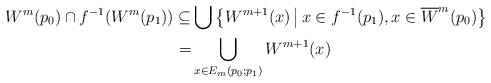
\begin{align*}W^m(p_0) \cap f^{-1}(W^m(p_1)) \subseteq & \bigcup \big\{ W^{m+1}(x) \,\big|\, x\in f^{-1}(p_1),x\in\overline{W}^m(p_0) \big\} \\ = & \bigcup\limits_{x\in E_m(p_0;p_1)} W^{m+1}(x)\end{align*}